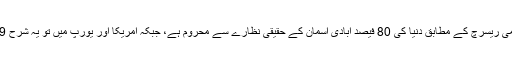
نیو اٹلس آف لائٹ پلیوشن نامی ریسرچ کے مطابق دنیا کی 80 فیصد آبادی آسمان کے حقیقی نظارے سے محروم ہے، جبکہ امریکا اور یورپ میں تو یہ شرح 99 فیصد تک جا پہنچی ہے ۔